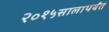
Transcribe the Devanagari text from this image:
२०१५सालापर्यंत